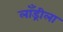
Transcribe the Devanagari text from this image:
लाँड्रीला